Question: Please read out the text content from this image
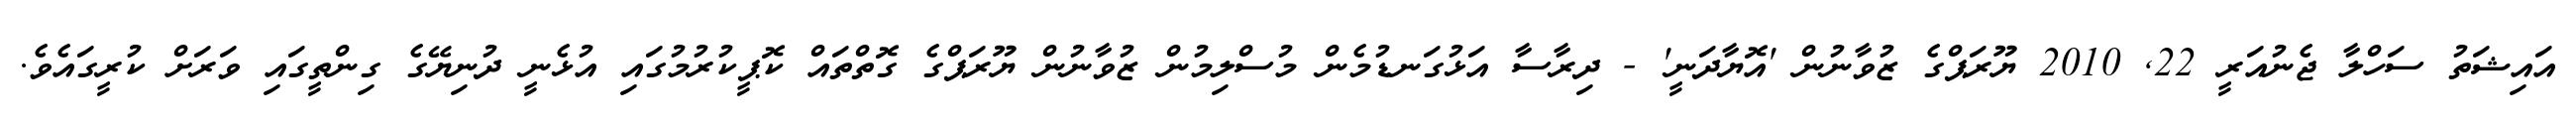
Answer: އައިޝަތު ސަހްލާ ޖެނުއަރީ 22, 2010 ޔޫރަޕްގެ ޒުވާނުން 'އޮޔާދަނީ' - ދިރާސާ އަޅުގަނޑުމެން މުސްލިމުން ޒުވާނުން ޔޫރަޕްގެ ގޮތްތައް ކޮޕީކުރުމުގައި އުޅެނީ ދުނިޔޭގެ ގިންތީގައި ވަރަށް ކުރީގައެވެ.